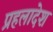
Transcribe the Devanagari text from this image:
प्रहलादेश